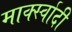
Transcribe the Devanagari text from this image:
मार्क्स्वादी